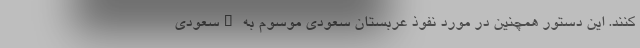
کنند. این دستور همچنین در مورد نفوذ عربستان سعودی موسوم به "سعودی